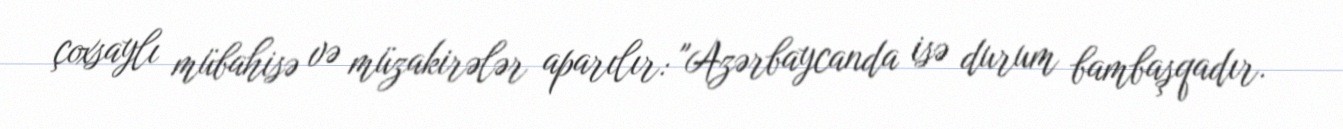
çoxsaylı mübahisə və müzakirələr aparılır: "Azərbaycanda isə durum bambaşqadır.